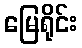
မြေရိုင်း